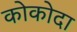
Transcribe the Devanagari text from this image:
कोकोदा